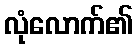
လုံလောက်၏